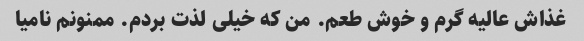
غذاش عالیه گرم و خوش طعم. من که خیلی لذت بردم. ممنونم نامیا